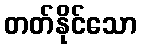
တတ်နိုင်သော